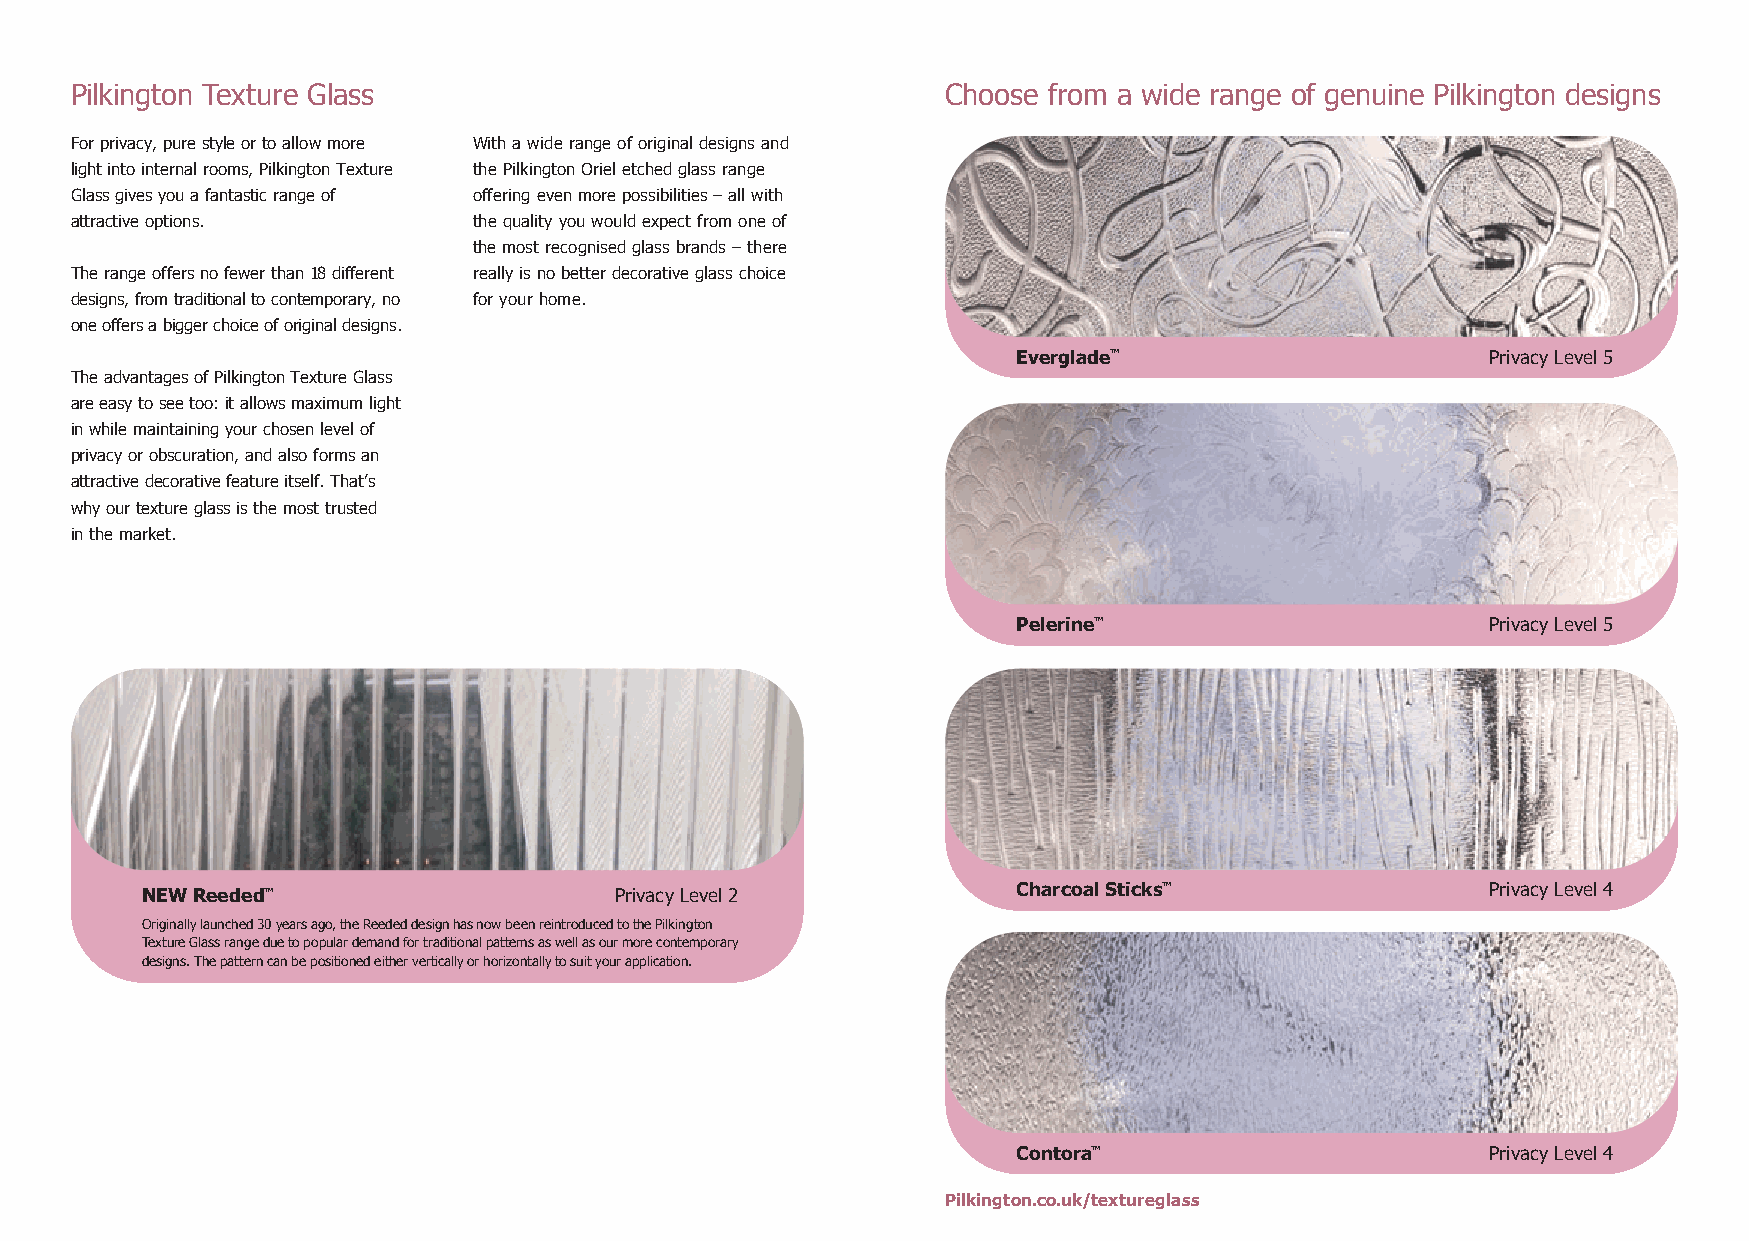
Pilkington Texture Glass                                  Choose from a wide range of genuine Pilkington designs
 For privacy, pure style or to allow more With a wide range of original designs and
 light into internal rooms, Pilkington Texture the Pilkington Oriel etched glass range
 Glass gives you a fantastic range of offering even more possibilities – all with
 attractive options.       the quality you would expect from one of
 the most recognised glass brands – there
 The range offers no fewer than 18 different really is no better decorative glass choice
 designs, from traditional to contemporary, no for your home.
 one offers a bigger choice of original designs.
 Everglade™                      Privacy Level 5
 The advantages of Pilkington Texture Glass
 are easy to see too: it allows maximum light
 in while maintaining your chosen level of
 privacy or obscuration, and also forms an
 attractive decorative feature itself. That’s
 why our texture glass is the most trusted
 in the market.
 Pelerine™                       Privacy Level 5
 NEW Reeded™                     Privacy Level 2           Charcoal Sticks™                Privacy Level 4
 Originally launched 30 years ago, the Reeded design has now been reintroduced to the Pilkington
 Texture Glass range due to popular demand for traditional patterns as well as our more contemporary
 designs. The pattern can be positioned either vertically or horizontally to suit your application.
 Contora™                        Privacy Level 4
 Pilkington.co.uk/textureglass